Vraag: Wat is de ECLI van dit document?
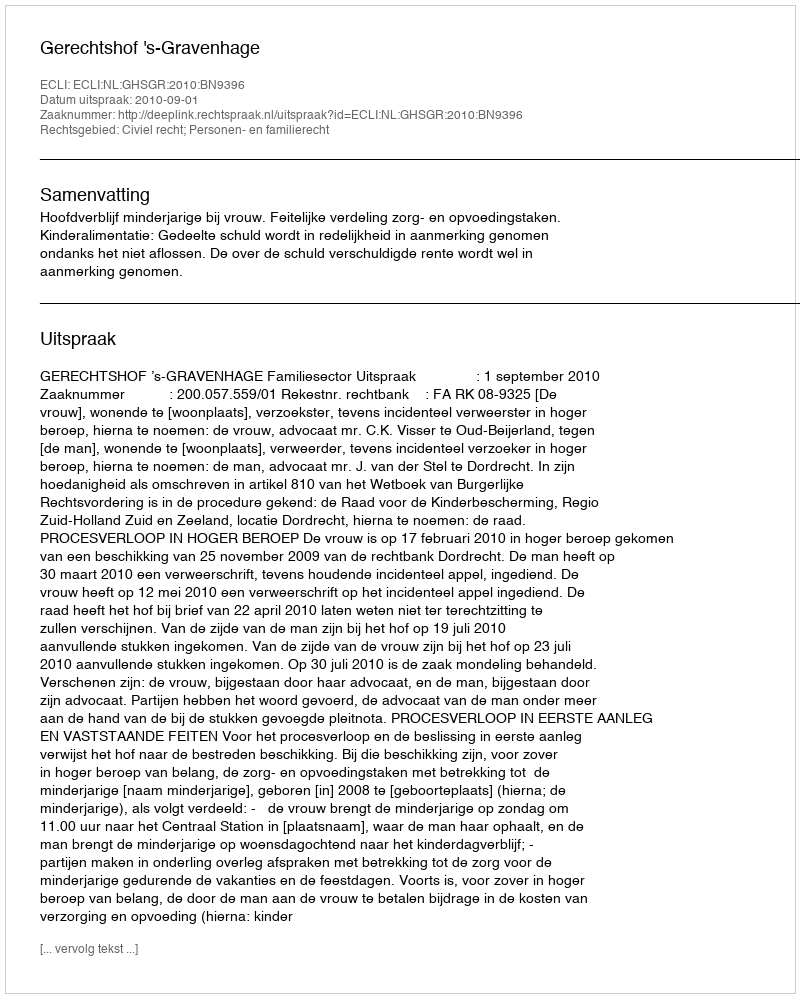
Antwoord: ECLI:NL:GHSGR:2010:BN9396